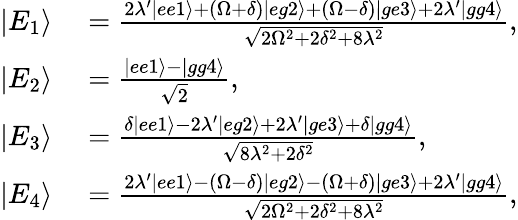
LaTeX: \begin{array}{rl}{|E_{1}\rangle}&{{}=\frac{2\lambda^{\prime}|ee1\rangle+(\Omega+\delta)|eg2\rangle+(\Omega-\delta)|ge3\rangle+2\lambda^{\prime}|gg4\rangle}{\sqrt{2\Omega^{2}+2\delta^{2}+8\lambda^{2}}},}\\ {|E_{2}\rangle}&{{}=\frac{|ee1\rangle-|gg4\rangle}{\sqrt{2}},}\\ {|E_{3}\rangle}&{{}=\frac{\delta|ee1\rangle-2\lambda^{\prime}|eg2\rangle+2\lambda^{\prime}|ge3\rangle+\delta|gg4\rangle}{\sqrt{8\lambda^{2}+2\delta^{2}}},}\\ {|E_{4}\rangle}&{{}=\frac{2\lambda^{\prime}|ee1\rangle-(\Omega-\delta)|eg2\rangle-(\Omega+\delta)|ge3\rangle+2\lambda^{\prime}|gg4\rangle}{\sqrt{2\Omega^{2}+2\delta^{2}+8\lambda^{2}}},}\end{array}